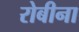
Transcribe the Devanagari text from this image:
रोबीना